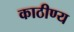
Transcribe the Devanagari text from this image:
काठीण्य